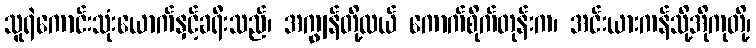
သူရဲကောင်းသုံးယောက်နှင့်ခရီးသည်၊ အကျွန်တို့လယ် ကောက်စိုက်တုန်းက၊ အင်းယားကန်သို့အိုကုတို့၊